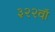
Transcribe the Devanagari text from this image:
३२२वॉ